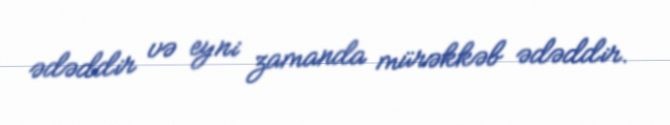
ədəddir və eyni zamanda mürəkkəb ədəddir.